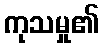
ကုသမှု၏